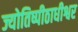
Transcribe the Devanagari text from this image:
ज्योतिष्पीठाधीश्वर